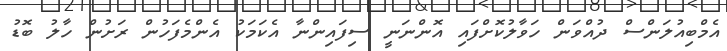
އެމްބިއުލަންސް ދުއްވަން ހަވާލުކޮށްފައި އޮންނަނީ ސިފައިންނާ އެކަމަކު އެންމެފަހުން ރަށުން ހާލު ބޮޑު